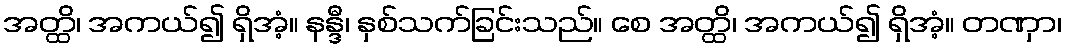
အတ္ထိ၊ အကယ်၍ ရှိအံ့။ နန္ဒီ၊ နှစ်သက်ခြင်းသည်။ စေ အတ္ထိ၊ အကယ်၍ ရှိအံ့။ တဏှာ၊